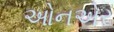
ઓનએર